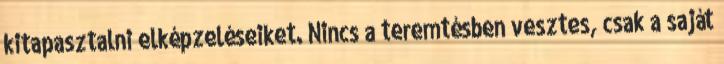
kitapasztalni elképzeléseiket. Nincs a teremtésben vesztes, csak a saját